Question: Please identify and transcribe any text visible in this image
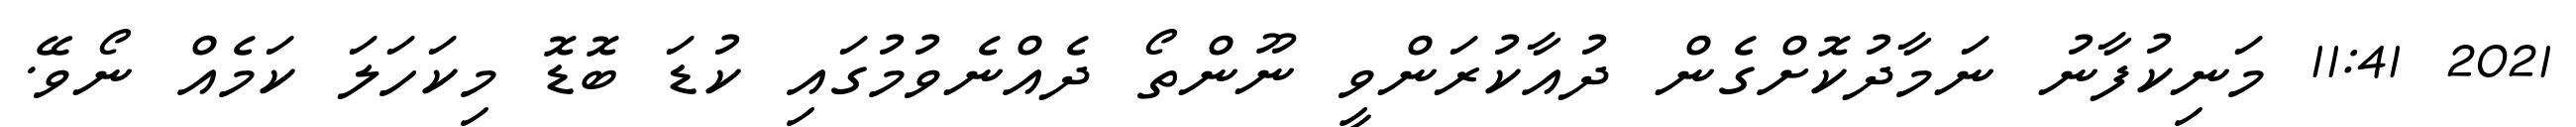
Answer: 2021 11:41 މަނިކުފާނު ނަމާދުކޮށްގެން ދުއާކުރަންވީ ނޫންތޯ ދެއްނެވުމުގައި ކުޑަ ބޮޑޮ މިކަހަލަ ކަމެއް ނޯވޭ.